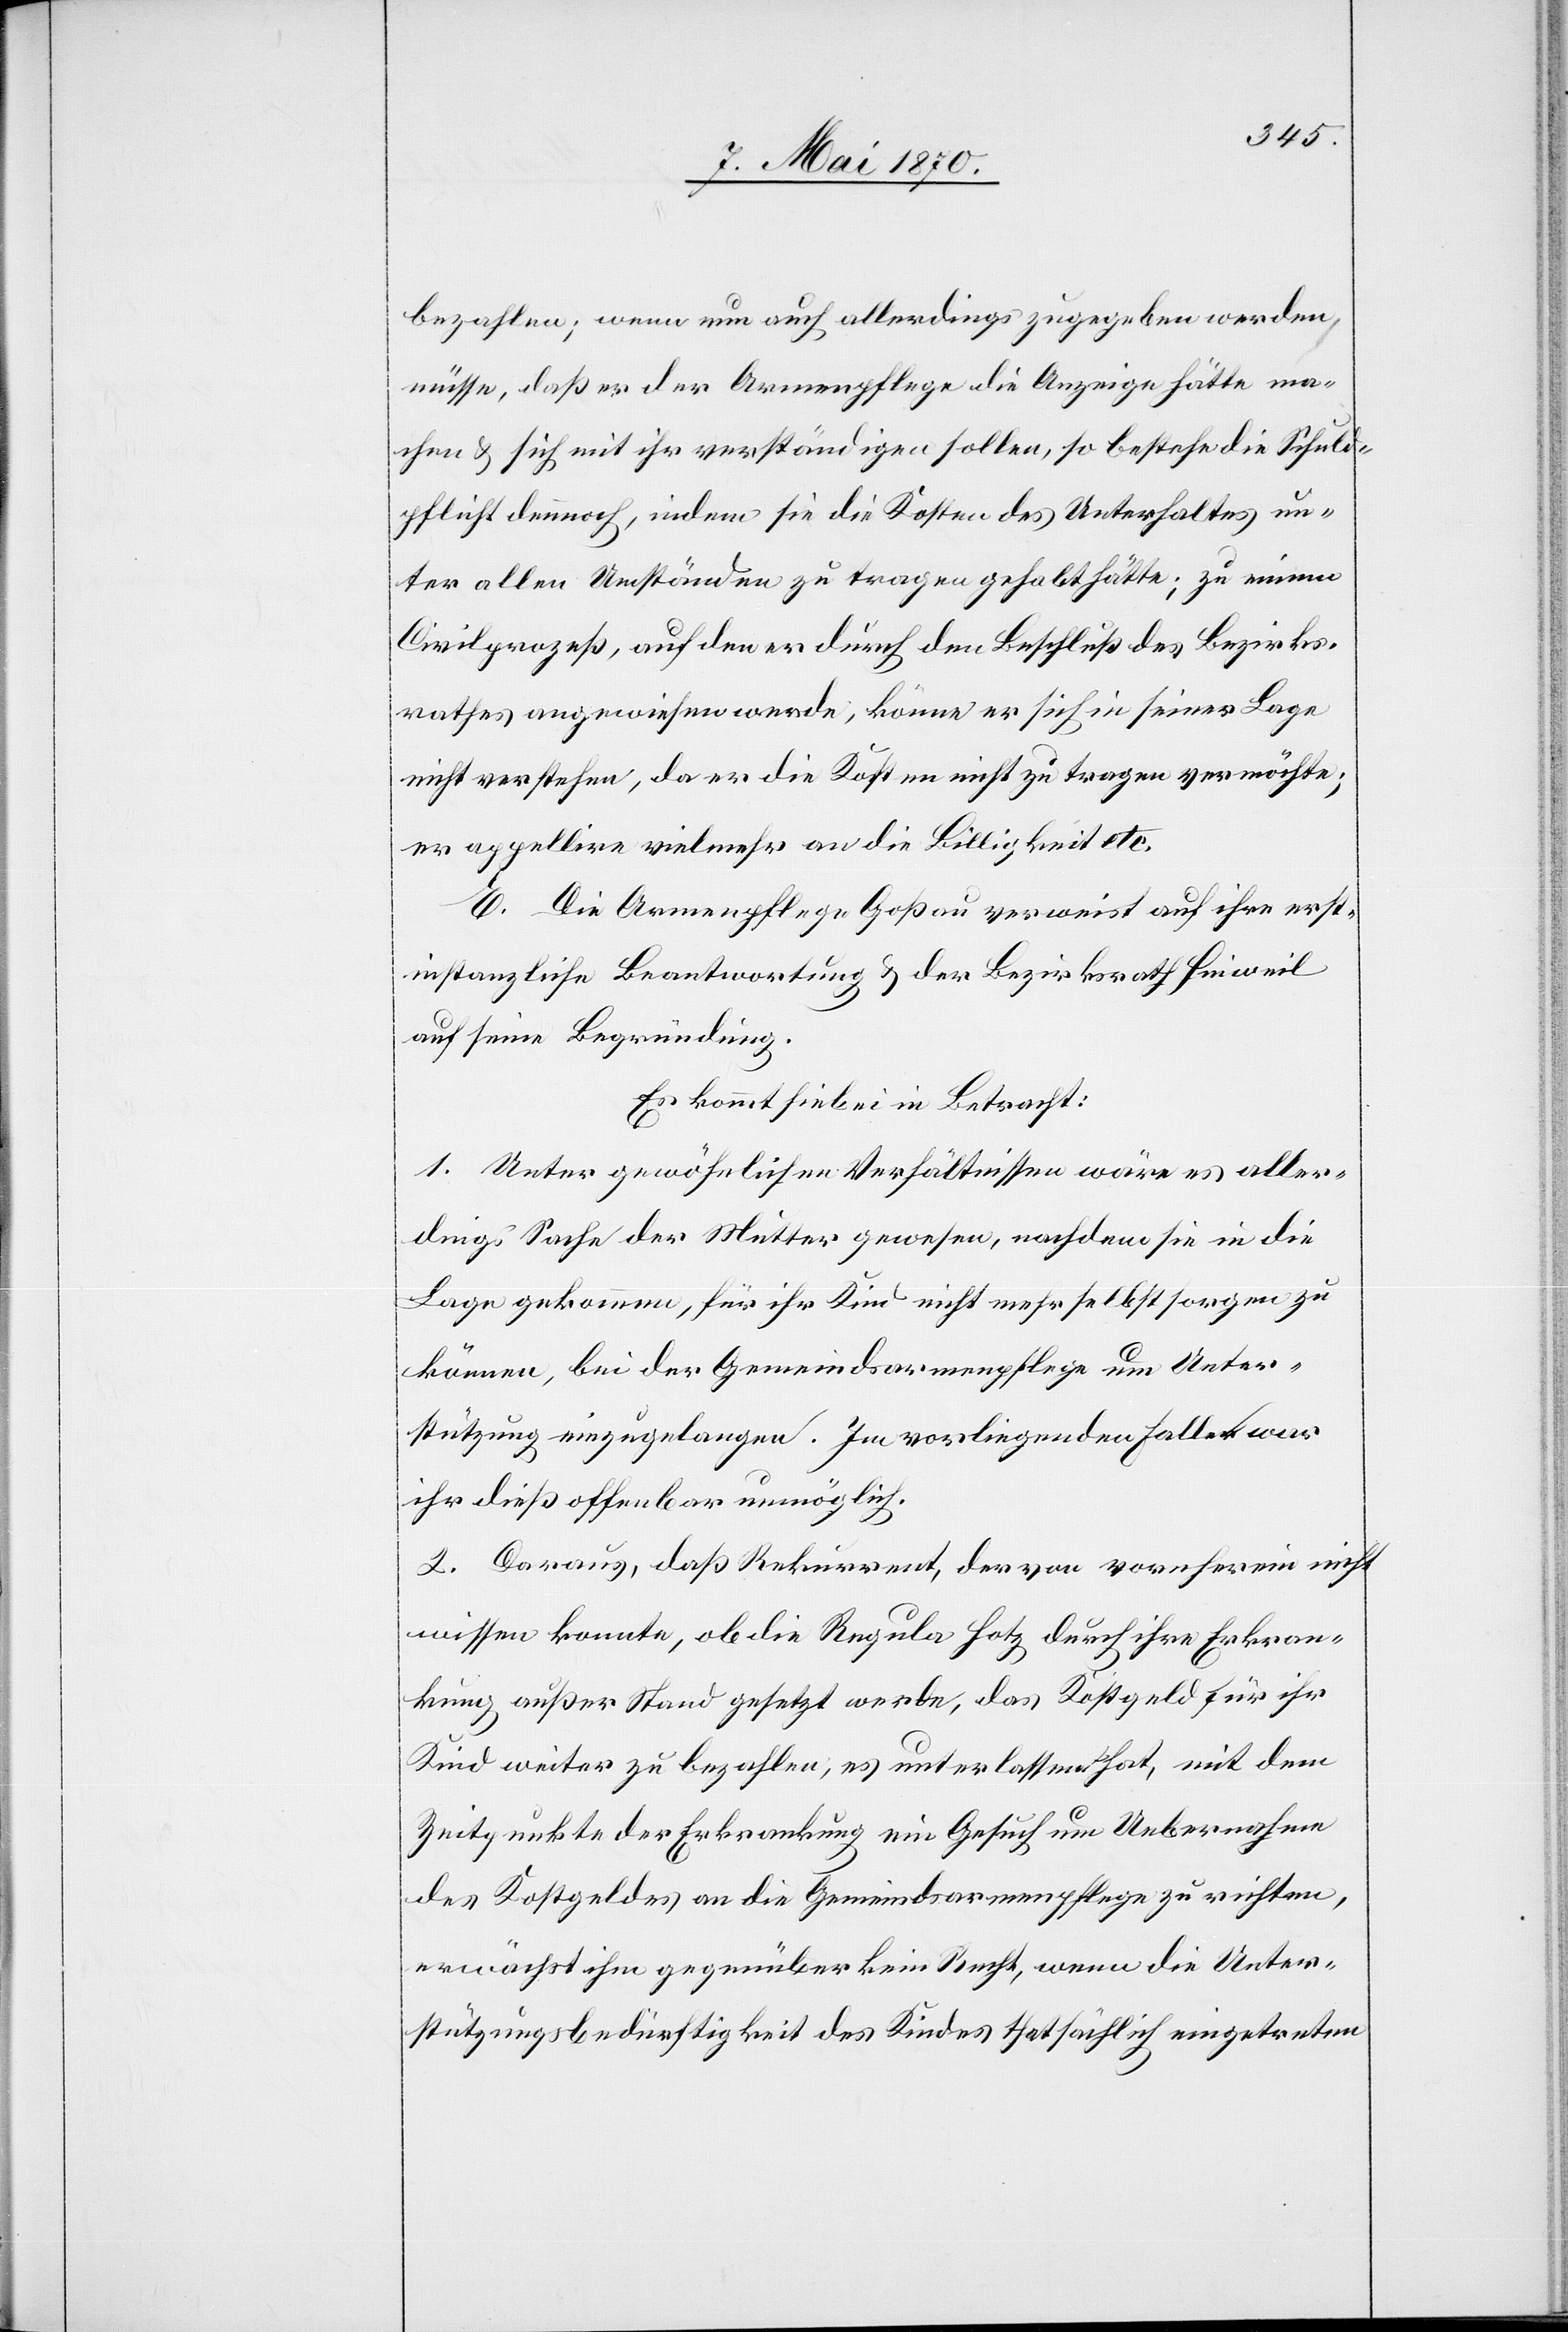
bezahlen; wenn nun auch allerdings zugegeben werden
müsse, daß er der Armenpflege die Anzeige hätte ma¬
chen & sich mit ihr verständigen sollen, so bestehe die Schuld¬
pflicht dennoch, indem sie die Kosten des Unterhaltes un¬
ter allen Umständen zu tragen gehabt hätte; zu einem
Civilprozeß, auf den er durch den Beschluß des Bezirks¬
rathes angewiesen werde, könne er sich in seiner Lage
nicht verstehen, da er die Kosten nicht zu tragen vermöchte;
er appellire vielmehr an die Billigkeit etc.
E. Die Armenpflege Goßau verweist auf ihre erst¬
instanzliche Beantwortung & der Bezirksrath Hinweil
auf seine Begründung.
Es kommt hiebei in Betracht:
1. Unter gewöhnlichen Verhältnissen wäre es aller¬
dings Sache der Mutter gewesen, nachdem sie in die
Lage gekommen, für ihr Kind nicht mehr selbst sorgen zu
können, bei der Gemeindsarmenpflege um Unter¬
stützung einzugelangen. Im vorliegenden Falle war
ihr dieß offenbar unmöglich.
2. Daraus, daß Rekurrent, der von vornherein nicht
wissen konnte, ob die Regula Hotz durch ihre Erkran¬
kung außer Stand gesetzt werde, das Kostgeld für ihr
Kind weiter zu bezahlen, es unterlassen hat, mit dem
Zeitpunkte der Erkrankung ein Gesuch um Uebernahme
des Kostgeldes an die Gemeindsarmenpflege zu richten,
erwächst ihm gegenüber kein Recht, wenn die Unter¬
stützungsbedürftigkeit des Kindes thatsächlich eingetreten